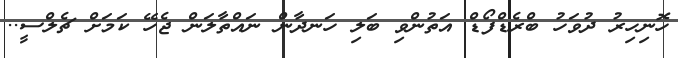
ހޮނިހިރު ދުވަހު ބްރެޑްފޯޑް އަތުންވި ބަލި ހަނދާން ނައްތާލަން ޖެހޭ ކަމަށް ޗެލްސީ..